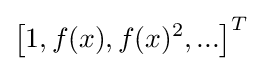
\left[1,f(x),f(x)^{2},...\right]^{T}